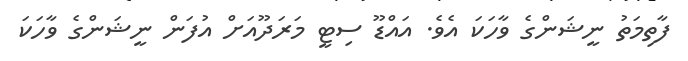
ފާތިމަތު ނީޝަންގެ ވާހަކަ އެވެ. އައްޑޫ ސިޓީ މަރަދޫއަށް އުފަން ނީޝަންގެ ވާހަކަ